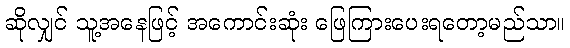
ဆိုလျှင် သူ့အနေဖြင့် အကောင်းဆုံး ဖြေကြားပေးရတော့မည်သာ။